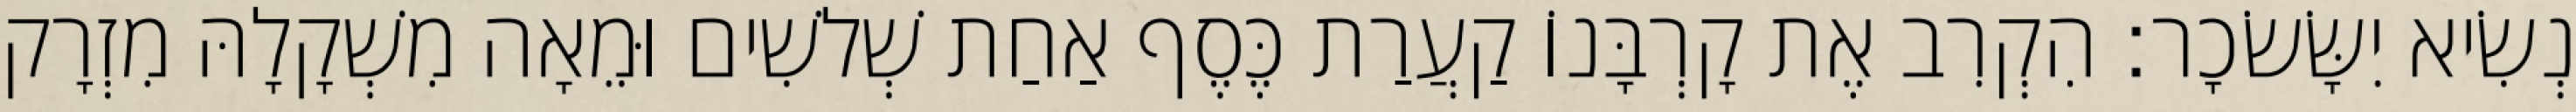
נְשִׂיא יִשָּׂשׂכָר׃ הִקְרִב אֶת קָרְבָּנוֹ קַעֲרַת כֶּסֶף אַחַת שְׁלשִׁים וּמֵאָה מִשְׁקָלָהּ מִזְרָק